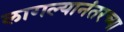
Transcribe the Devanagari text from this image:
लागल्यानंतरच्या